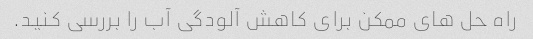
راه حل های ممکن برای کاهش آلودگی آب را بررسی کنید.